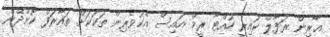
އާރިން ރަފާލް ކައިރީ ހުއްޓާ ރީމް އައިސް އެކުވެރިން ތަކަކަށް ތައާރަފް ކޮށްދޭން